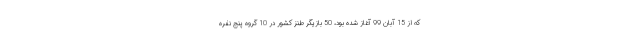
که از 15 آبان 99 آغاز شده بود، 50 بازیگر طنز کشور در 10 گروه پنج نفره